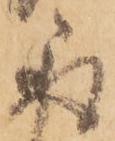
取